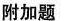
附加题